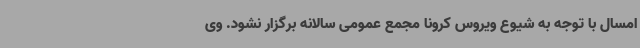
امسال با توجه به شیوع ویروس کرونا مجمع عمومی سالانه برگزار نشود. وی